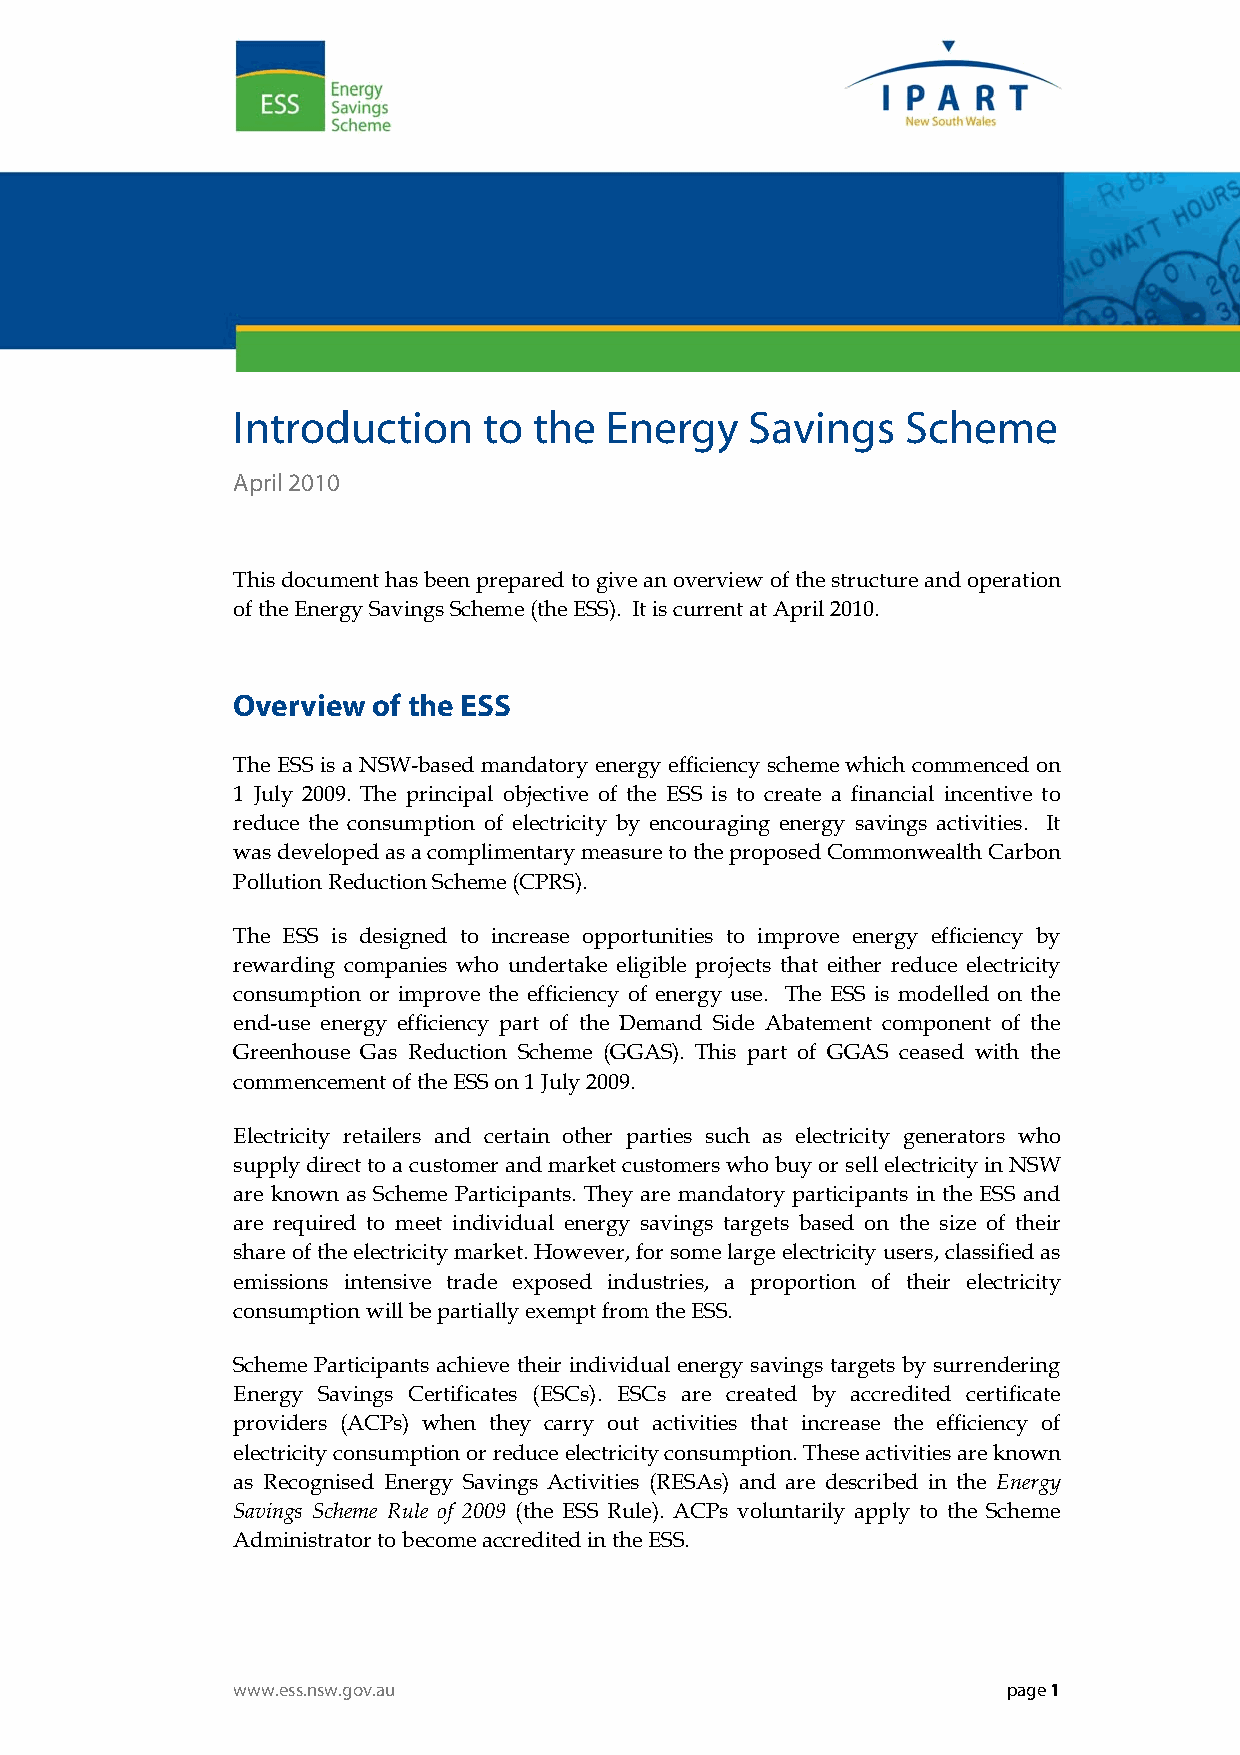
Introduction     to the  Energy    Savings   Scheme
 April 2010
 This document has been prepared to give an overview of the structure and operation
 of the Energy Savings Scheme (the ESS). It is current at April 2010.
 Overview  of the ESS
 The ESS is a NSW-based mandatory energy efficiency scheme which commenced on
 1 July 2009. The principal objective of the ESS is to create a financial incentive to
 reduce the consumption of electricity by encouraging energy savings activities. It
 was developed as a complimentary measure to the proposed Commonwealth Carbon
 Pollution Reduction Scheme (CPRS).
 The ESS is designed to increase opportunities to improve energy efficiency by
 rewarding companies who undertake eligible projects that either reduce electricity
 consumption or improve the efficiency of energy use. The ESS is modelled on the
 end-use energy efficiency part of the Demand Side Abatement component of the
 Greenhouse Gas Reduction Scheme (GGAS). This part of GGAS ceased with the
 commencement of the ESS on 1 July 2009.
 Electricity retailers and certain other parties such as electricity generators who
 supply direct to a customer and market customers who buy or sell electricity in NSW
 are known as Scheme Participants. They are mandatory participants in the ESS and
 are required to meet individual energy savings targets based on the size of their
 share of the electricity market. However, for some large electricity users, classified as
 emissions intensive trade exposed industries, a proportion of their electricity
 consumption will be partially exempt from the ESS.
 Scheme Participants achieve their individual energy savings targets by surrendering
 Energy Savings Certificates (ESCs). ESCs are created by accredited certificate
 providers (ACPs) when they carry out activities that increase the efficiency of
 electricity consumption or reduce electricity consumption. These activities are known
 as Recognised Energy Savings Activities (RESAs) and are described in the Energy
 Savings Scheme Rule of 2009 (the ESS Rule). ACPs voluntarily apply to the Scheme
 Administrator to become accredited in the ESS.
 www.ess.nsw.gov.au                                  page 1